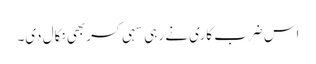
اس ضرب کاری نے رہی سہی کسربھی نکال دی۔